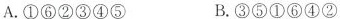
A.①⑥②③④⑤ B.③⑤①⑥④②